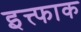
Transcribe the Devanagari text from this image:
इत्त्फाक